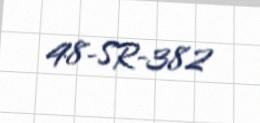
48-SR-382